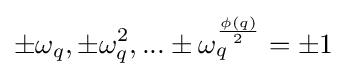
\pm \omega _{q},\pm \omega _{q}^{2},...\pm \omega _{q}^{\frac {\phi (q)}{2}}=\pm 1